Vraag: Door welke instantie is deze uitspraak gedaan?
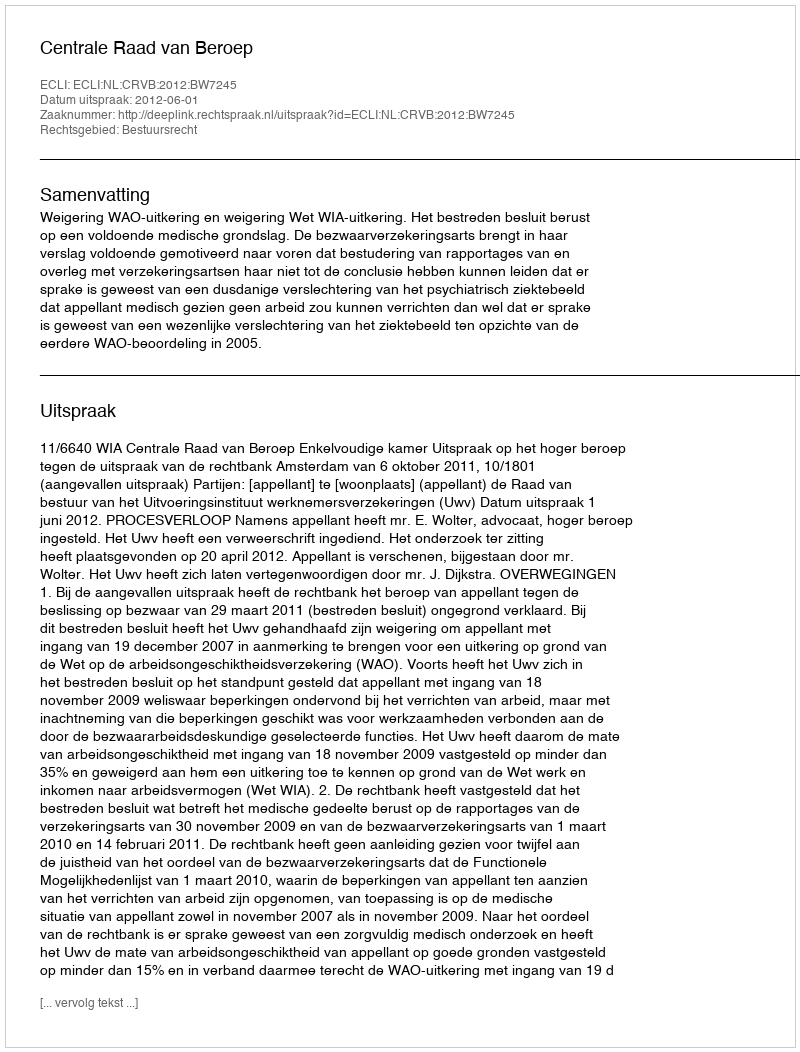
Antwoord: Centrale Raad van Beroep